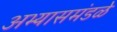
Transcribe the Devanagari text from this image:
अभ्यासमंडळे